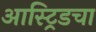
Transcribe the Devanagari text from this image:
आस्ट्रिडचा